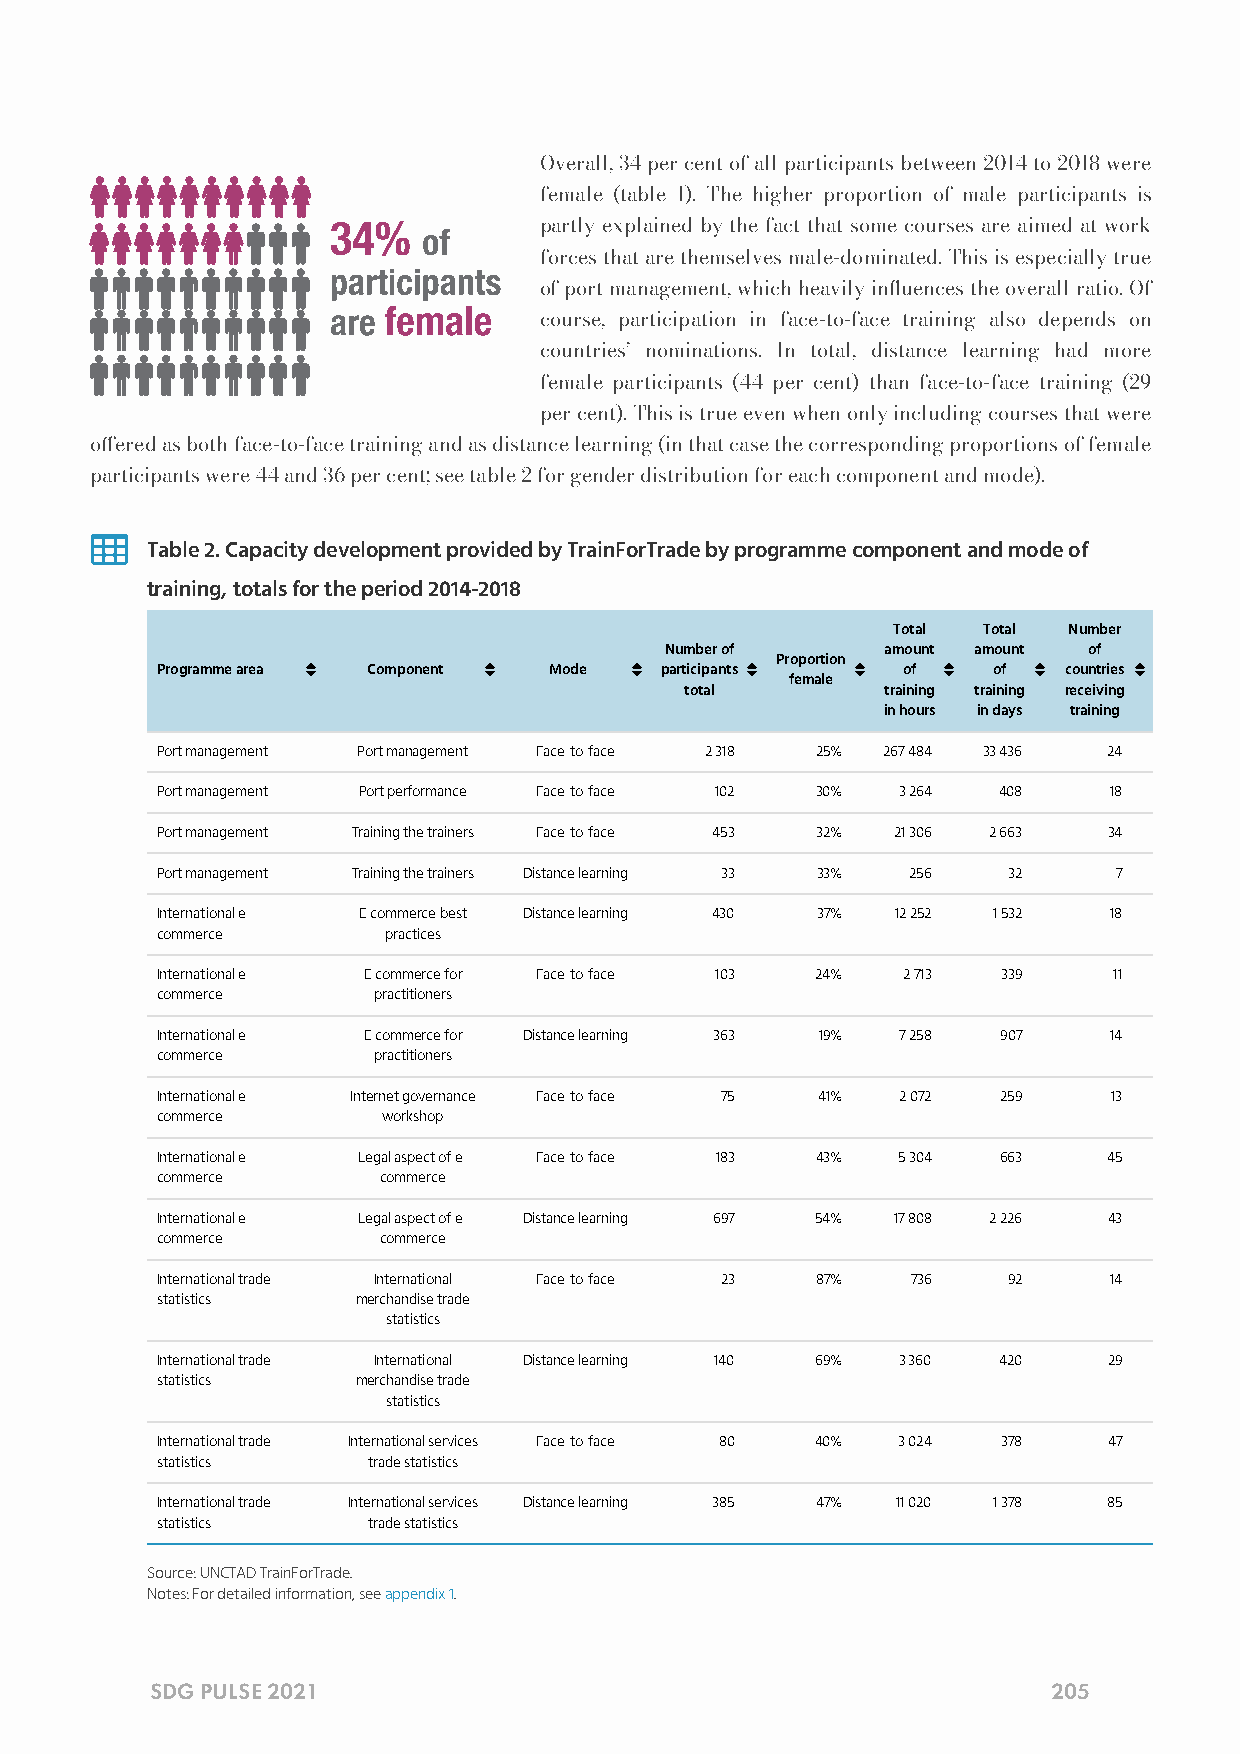
Overall, 34 per cent of all participants between 2014 to 2018 were
 female (table 1). The higher proportion of male participants is
 partly explained by the fact that some courses are aimed at work
 forces that are themselves male-dominated. This is especially true
 of port management, which heavily inuences the overall ratio. Of
 course, participation in face-to-face training also depends on
 countries’ nominations. In total, distance learning had more
 female participants (44 per cent) than face-to-face training (29
 per cent). This is true even when only including courses that were
 oered as both face-to-face training and as distance learning (in that case the corresponding proportions of female
 participants were 44 and 36 per cent; see table 2 for gender distribution for each component and mode).
 
 Table 2. Capacity development provided by TrainForTrade by programme component and mode of
 training, totals for the period 2014-2018
 Total Total Number
 Number of      amount amount of
                            Proportion           
 Programme area Component  Mode    participants    of    of  countries
 female
 total         training training receiving
 in hours in days training
 Port management Port management Face-to-face 2 318 25% 267 484 33 436 24
 Port management Port performance Face-to-face 102 30% 3 264 408 18
 Port management Training the trainers Face-to-face 453 32% 21 306 2 663 34
 Port management Training the trainers Distance learning 33 33% 256 32 7
 International e- E-commerce best Distance learning 430 37% 12 252 1 532 18
 commerce       practices
 International e- E-commerce for Face-to-face 103 24% 2 713 339  11
 commerce       practitioners
 International e- E-commerce for Distance learning 363 19% 7 258 907 14
 commerce       practitioners
 International e- Internet governance Face-to-face 75 41% 2 072 259 13
 commerce       workshop
 International e- Legal aspect of e- Face-to-face 183 43% 5 304 663 45
 commerce       commerce
 International e- Legal aspect of e- Distance learning 697 54% 17 808 2 226 43
 commerce       commerce
 International trade International Face-to-face 23 87% 736 92   14
 statistics    merchandise trade
 statistics
 International trade International Distance learning 140 69% 3 360 420 29
 statistics    merchandise trade
 statistics
 International trade International services Face-to-face 80 40% 3 024 378 47
 statistics    trade statistics
 International trade International services Distance learning 385 47% 11 020 1 378 85
 statistics    trade statistics
 Source: UNCTAD TrainForTrade.
 Notes: For detailed information, see appendix 1.
 SDG PULSE 2021                                              205